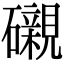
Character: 𥗒